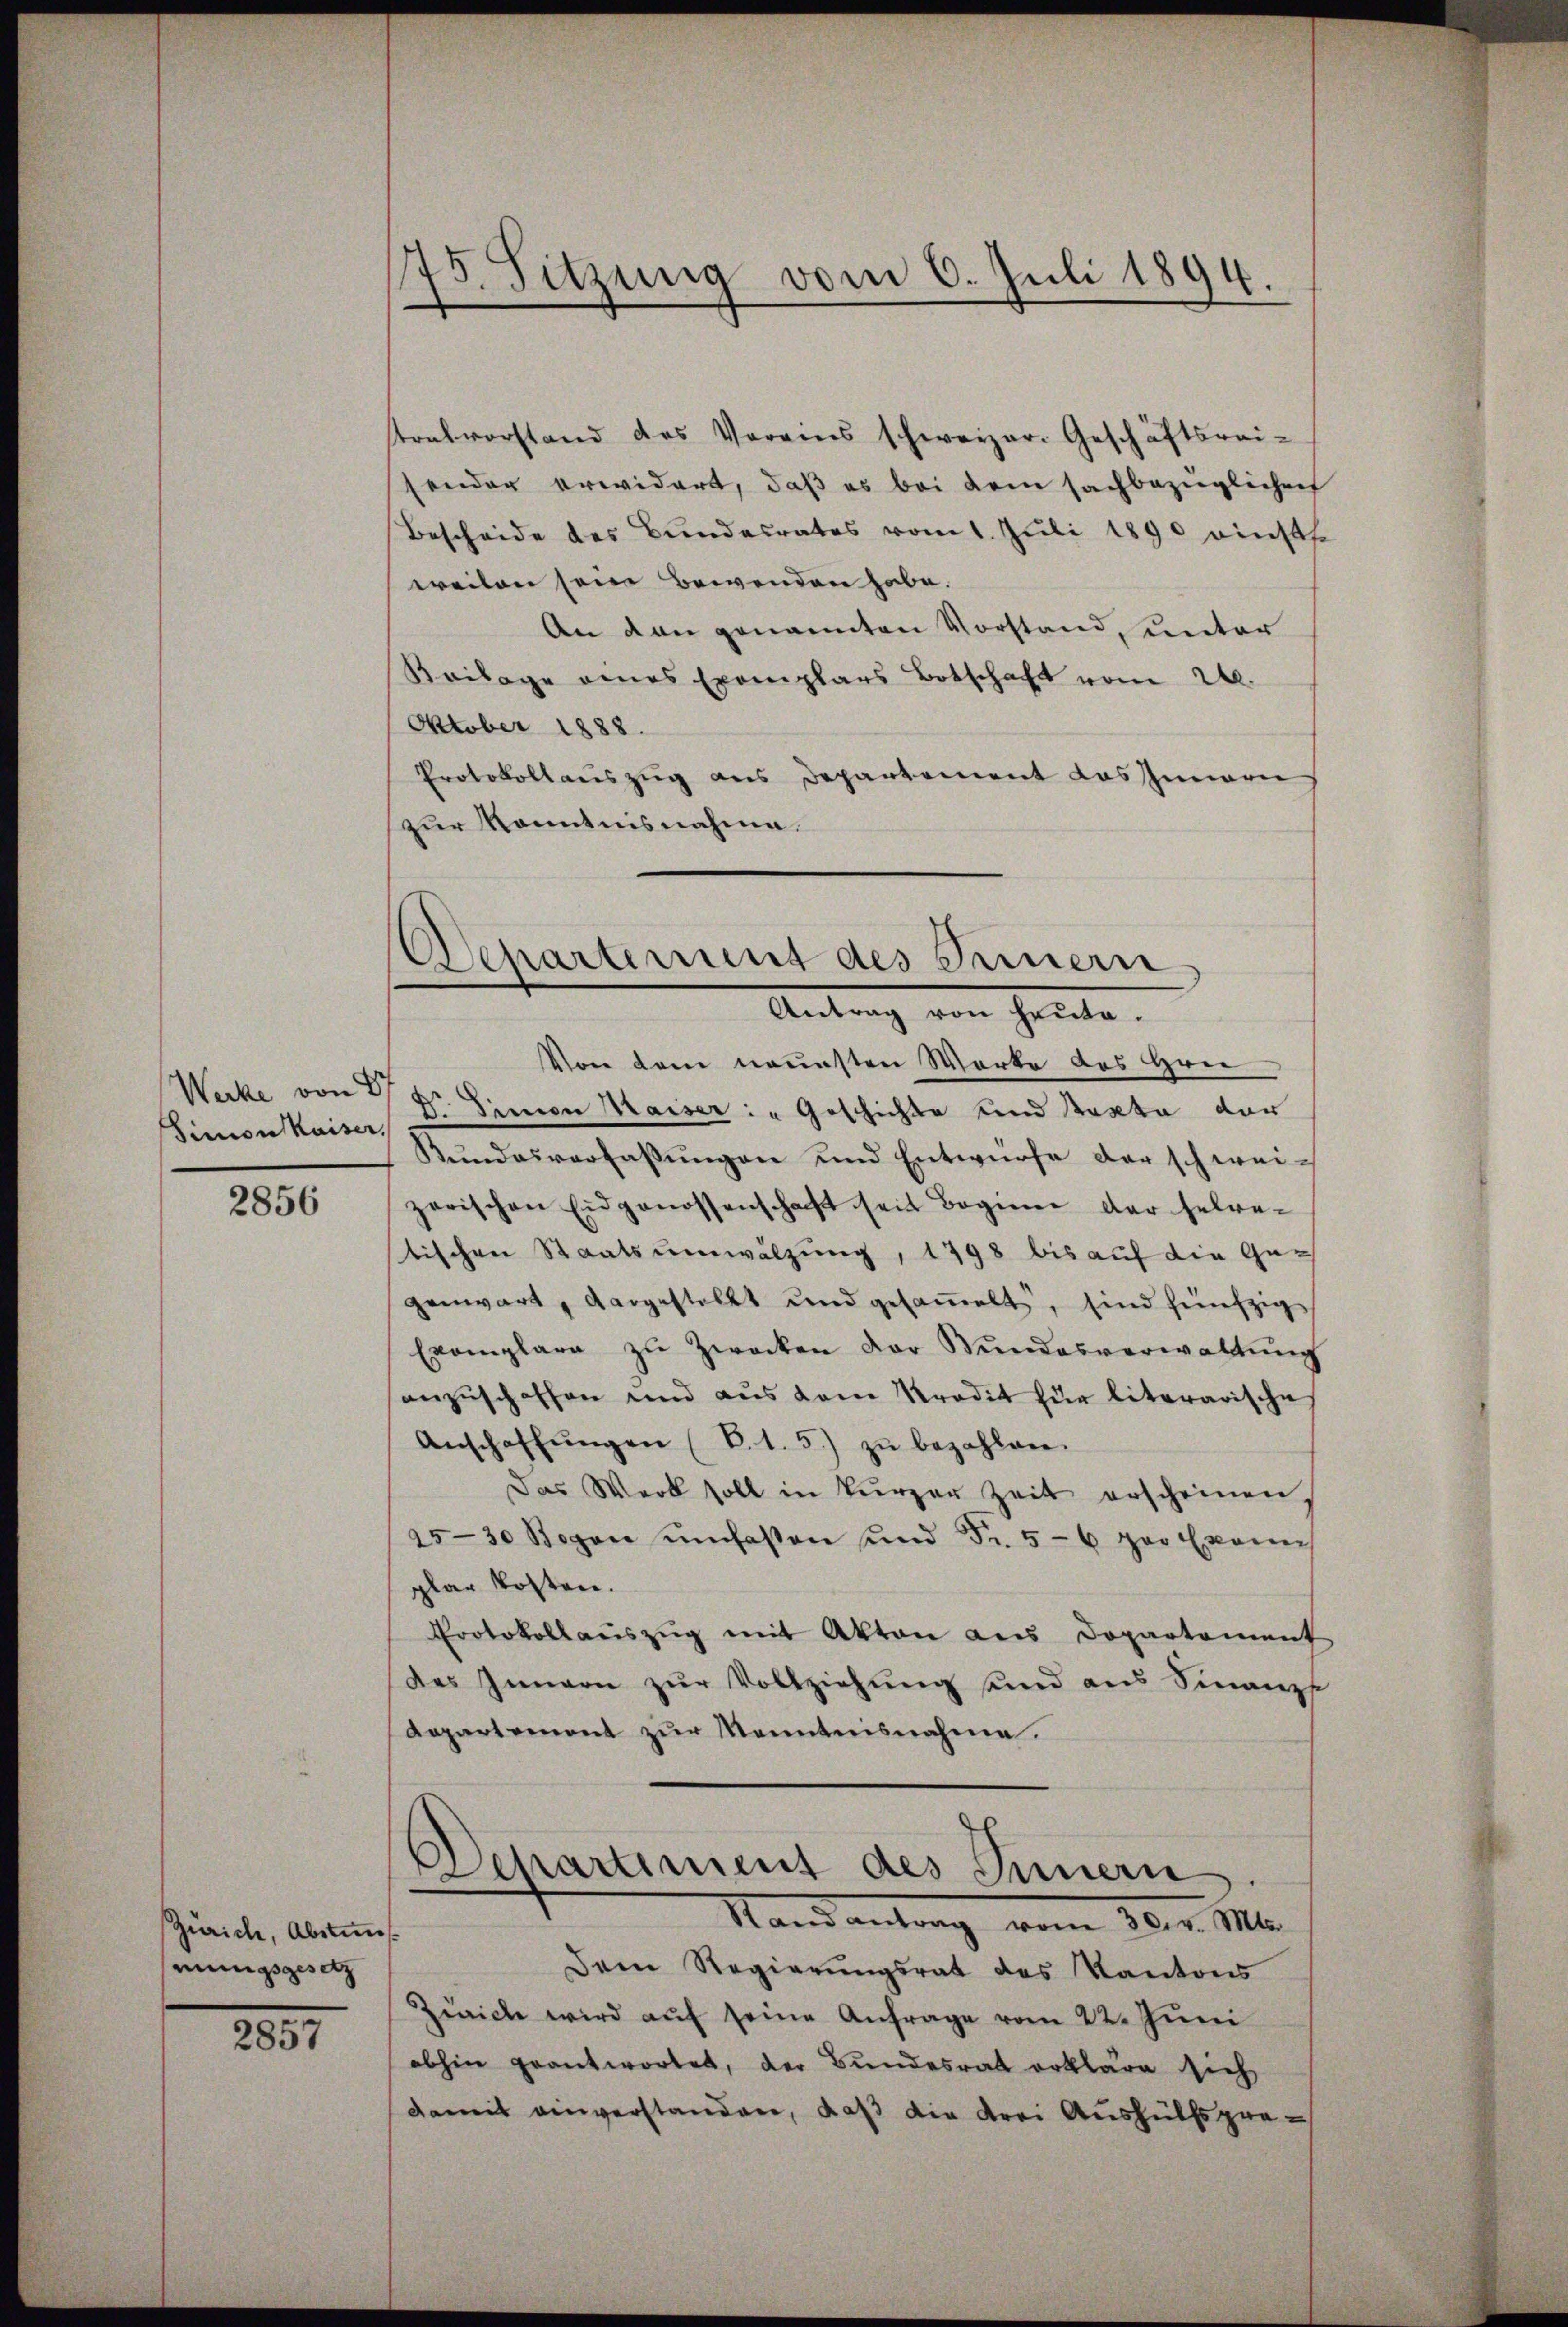
Werke von S
Simon Kaiser,

2856

Zürich, Abstins
mungsgesetz

2857

175. Sitzung vom 6. Juli 1894.

tralvorstand des Vereins schweizer-Geschäftsrei-
sender erwidert, daß es bei dem sachbezüglichen
Bescheide des Bundesrates vom 1. Juli 1890 einste
weilen seine bewenden habe.
An den genannten Vorstand, unter
Keilage eines Exemplars Botschaft vom 24.
Oktober 1888.
Protokollauszug aus Departement das Innern
zur Kenntnisnahme.

Scharterung des Innern
Antrag von heute.

Schartiment des Innern
Stand antrag vom 30. v. Mts.

Von dem neuesten Werke des Hrn
N. Simon Kaiser: „Geschichte und Pacta der
Kundesverfassŭngen und Entwürfe der schwei-
zerischen Eidgenossenschaft seit Beginen der selre-
tischen Staatsumwälzung, 1798 bis auf die Gegenwart, dargestellt und gesammelt, sind fünfzig
Exemplare zŭ Zwecken der Bŭndesverwaltŭng
anzuschaffen und aus dem Kredit für literarische
Anschaffŭngen (S. 1. 5.) zŭ bezahlen.
Das Werk soll in kürzer Zeit erscheinen
25–30 Segen umfaßen und Fr. 5-6 portkom
plar kosten.
Protokollaŭszŭg mit Akten aus Dopartement
des Innern zur Vollziehung sind aus Finanze
Repartemont zŭr Kenntnisnahme.

Dem Regierŭngsrat des Kantons
Zürich wird aŭf seine Anfrage vom 22. Juni
abhin geantwortet, der Bundesrat erkläre sich
damit einverstanden, daß die Frei Aushülfspre¬